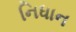
નિધાન